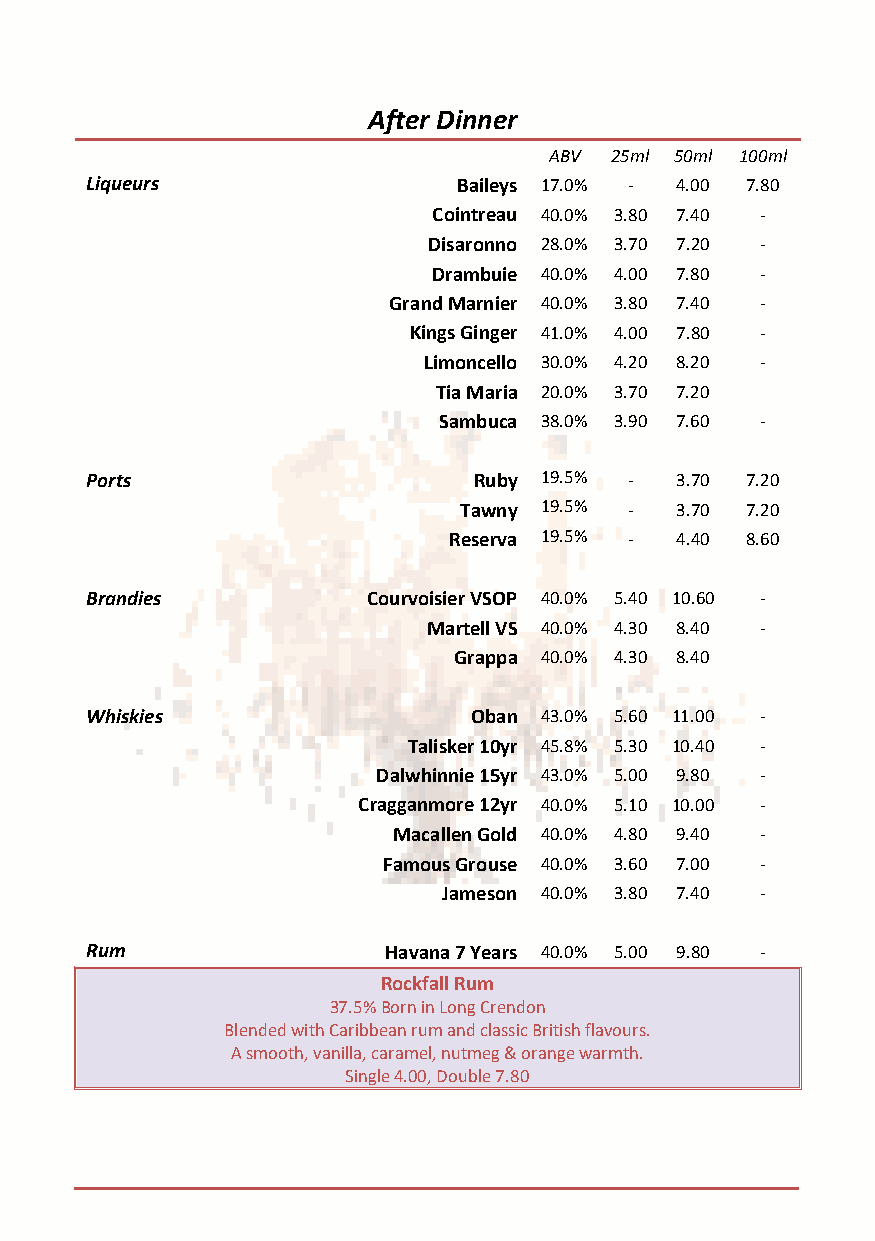
After Dinner
 ABV 25ml 50ml 100ml
 Liqueurs                Baileys 17.0% - 4.00 7.80
 Cointreau 40.0% 3.80 7.40 -
 Disaronno 28.0% 3.70 7.20 -
 Drambuie 40.0% 4.00 7.80 -
 Grand Marnier 40.0% 3.80 7.40 -
 Kings Ginger 41.0% 4.00 7.80 -
 Limoncello 30.0% 4.20 8.20 -
 Tia Maria 20.0% 3.70 7.20
 Sambuca 38.0% 3.90 7.60 -
 Ports                    Ruby 19.5% -  3.70 7.20
 Tawny 19.5% -  3.70 7.20
 Reserva 19.5% - 4.40 8.60
 Brandies          Courvoisier VSOP 40.0% 5.40 10.60 -
 Martell VS 40.0% 4.30 8.40 -
 Grappa 40.0% 4.30 8.40
 Whiskies                 Oban 43.0% 5.60 11.00 -
 Talisker 10yr 45.8% 5.30 10.40 -
 Dalwhinnie 15yr 43.0% 5.00 9.80 -
 Cragganmore 12yr 40.0% 5.10 10.00 -
 Macallen Gold 40.0% 4.80 9.40 -
 Famous Grouse 40.0% 3.60 7.00 -
 Jameson 40.0% 3.80 7.40 -
 Rum                Havana 7 Years 40.0% 5.00 9.80 -
 Rockfall Rum
 37.5% Born in Long Crendon
 Blended with Caribbean rum and classic British flavours.
 A smooth, vanilla, caramel, nutmeg & orange warmth.
 Single 4.00, Double 7.80